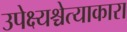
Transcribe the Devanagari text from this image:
उपेक्ष्यश्चेत्याकारा